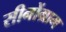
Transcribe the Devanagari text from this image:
सीनोंग्राम